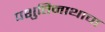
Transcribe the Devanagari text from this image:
पशुतिनाथाचा